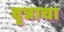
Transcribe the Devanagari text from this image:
वृत्राचा